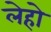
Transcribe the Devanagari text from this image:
लेहो